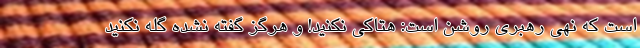
است که نهی رهبری روشن است: هتاکی نکنید! و هرگز گفته نشده گله نکنید